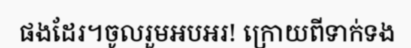
ផងដែរ។ចូលរួមអបអរ! ក្រោយពីទាក់ទង